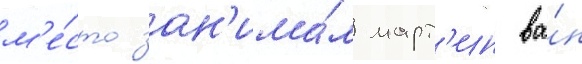
м'е́сто зан'има́л март'ин ва́н